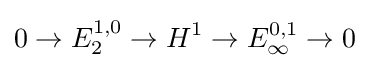
0\to E_{2}^{1,0}\to H^{1}\to E_{\infty }^{0,1}\to 0